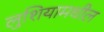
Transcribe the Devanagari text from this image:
लुशियामधील